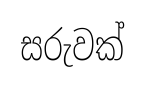
සරුවක්